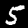
Label: 5